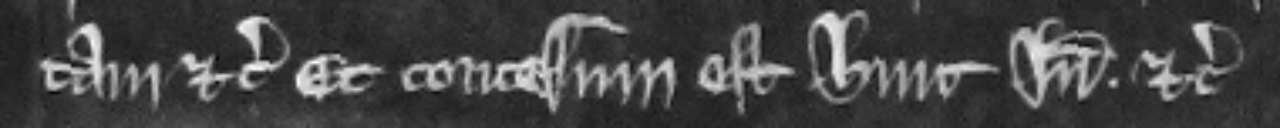
tam etc. Et concessum est hinc inde etc.